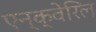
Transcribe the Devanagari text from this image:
एन्क्वेरिल